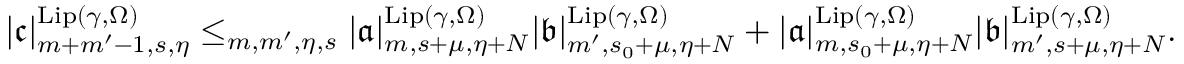
\begin{array} { r } { | \mathfrak { c } | _ { m + m ^ { \prime } - 1 , s , \eta } ^ { \mathrm { L i p } ( \gamma , \Omega ) } \le _ { m , m ^ { \prime } , \eta , s } | \mathfrak { a } | _ { m , s + \mu , \eta + N } ^ { \mathrm { L i p } ( \gamma , \Omega ) } | \mathfrak { b } | _ { m ^ { \prime } , s _ { 0 } + \mu , \eta + N } ^ { \mathrm { L i p } ( \gamma , \Omega ) } + | \mathfrak { a } | _ { m , s _ { 0 } + \mu , \eta + N } ^ { \mathrm { L i p } ( \gamma , \Omega ) } | \mathfrak { b } | _ { m ^ { \prime } , s + \mu , \eta + N } ^ { \mathrm { L i p } ( \gamma , \Omega ) } . } \end{array}